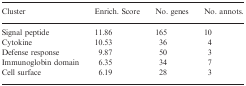
<table><thead><tr><td><b>Cluster</b></td><td><b>Enrich. Score</b></td><td><b>No. genes</b></td><td><b>No. annots.</b></td></tr></thead><tbody><tr><td>Signal peptide</td><td>11.86</td><td>165</td><td>10</td></tr><tr><td>Cytokine</td><td>10.53</td><td>36</td><td>4</td></tr><tr><td>Defense response</td><td>9.87</td><td>50</td><td>3</td></tr><tr><td>Immunoglobin domain</td><td>6.35</td><td>34</td><td>7</td></tr><tr><td>Cell surface</td><td>6.19</td><td>28</td><td>3</td></tr></tbody></table>